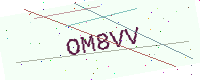
Text: OM8VV